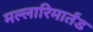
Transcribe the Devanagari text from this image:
मल्लारिमार्तंड